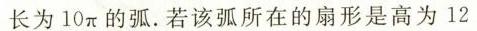
长为10π的弧。若该弧所在的扇形是高为12